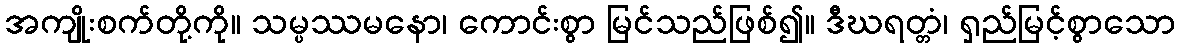
အကျိုးစက်တို့ကို။ သမ္ပဿမနော၊ ကောင်းစွာ မြင်သည်ဖြစ်၍။ ဒီဃရတ္တံ၊ ရှည်မြင့်စွာသော